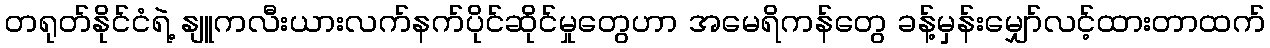
တရုတ်နိုင်ငံရဲ့ နျူကလီးယားလက်နက်ပိုင်ဆိုင်မှုတွေဟာ အမေရိကန်တွေ ခန့်မှန်းမျှော်လင့်ထားတာထက်